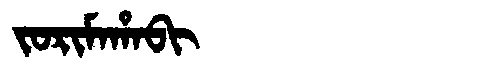
Manchu: ᠵᠣᡵᡳᠮᠠᡥᠠᠪᡳ
Romanization: JORIMAHABI